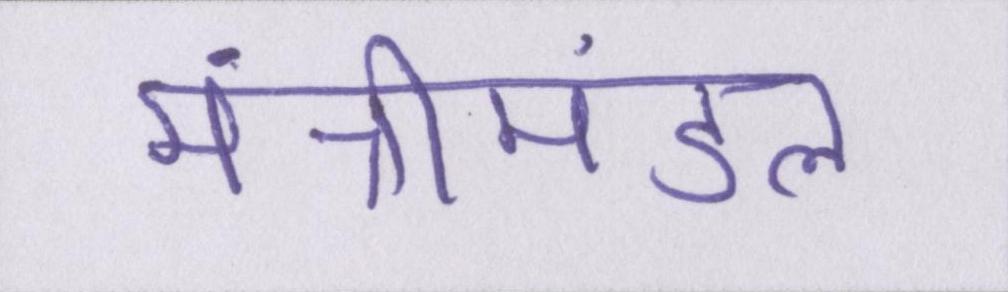
मंत्रीमंडल